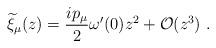
LaTeX: \begin{align*}{\widetilde \xi}_\mu(z)={{ip_\mu}\over 2}\omega^\prime(0) z^2+{\cal O}(z^3)~.\end{align*}